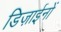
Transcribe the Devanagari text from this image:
डिज़ाईनों